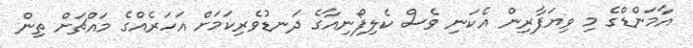
އާމަންޑްގެ މި ވިޔަފާރިން އެކަނި ވެސް ކެލިފޯނިއާގެ ދަނޑުވެރިކަމަށް އަހަރެއްގެ މައްޗަށް ތިން